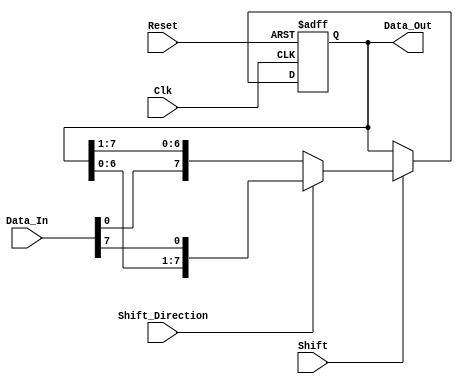
module ShiftRegister #(
    parameter N = 8 // Parameter for the width of the shift register
) (
    input wire Clk,               // Clock signal
    input wire Reset,             // Asynchronous active-high reset
    input wire [N-1:0] Data_In,   // Input data
    input wire Shift,             // Control signal for shifting
    input wire Shift_Direction,   // 0 for right shift, 1 for left shift
    output reg [N-1:0] Data_Out   // Output data
);

    // Asynchronous reset and shifting operation
    always @(posedge Clk or posedge Reset) begin
        if (Reset) begin
            Data_Out <= {N{1'b0}}; // Clear the register on reset
        end else if (Shift) begin
            if (Shift_Direction) begin
                // Left shift
                Data_Out <= {Data_Out[N-2:0], Data_In[N-1]}; // Shift left and input at LSB
            end else begin
                // Right shift
                Data_Out <= {Data_In[0], Data_Out[N-1:1]}; // Shift right and input at MSB
            end
        end
    end

endmodule